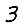
Digit: 3